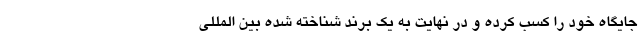
جایگاه خود را کسب کرده و در نهایت به یک برند شناخته شده بین المللی